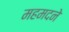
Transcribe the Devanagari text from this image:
महमदने